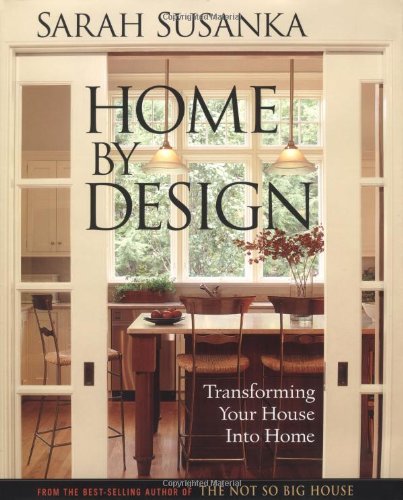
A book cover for Home by Design: Transforming Your House into Home (Susanka); Sarah Susanka; Crafts, Hobbies & Home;